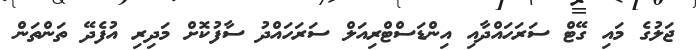
ޖަލުގެ މައި ގޭޓް ސަރަހައްދާއި އިންޑަސްޓްރިއަލް ސަރަހައްދު ސާފުކޮށް މަދިރި އުފެދޭ ތަންތަން